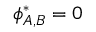
\phi _ { A , B } ^ { * } = 0